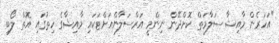
"އަހަރެން މާއިޝާ ސަލާމަތް ކޮށްދޭން ނިންމީ އަރްސަލާންއަށްޓަކައި މާއިޝާގެ ހިތުގައި އޮތް ލޯބި